Annual report on the working of the lock hospitals in the North-Western Provinces and Oudh
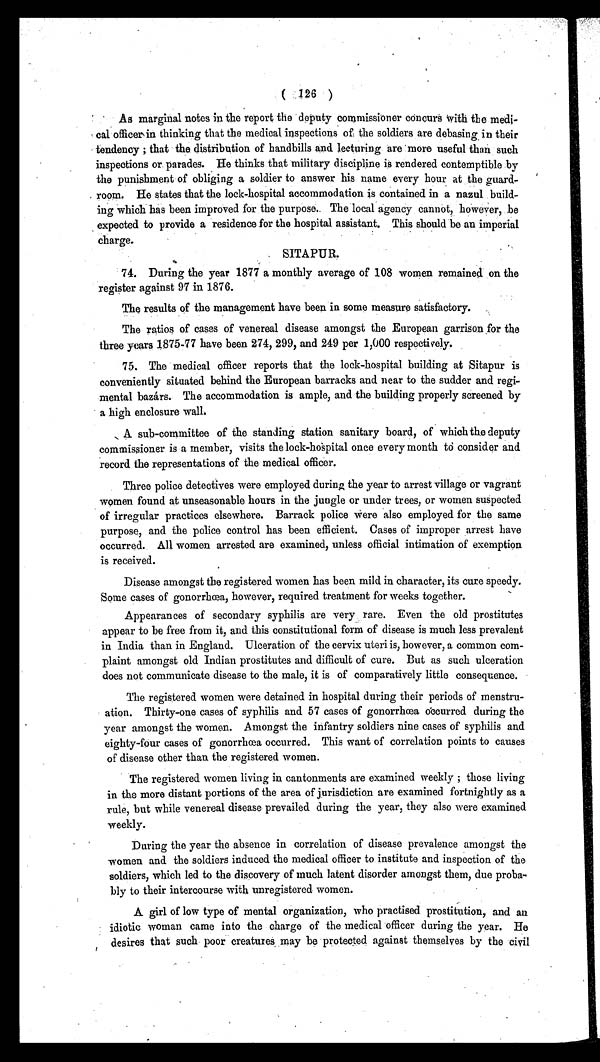
( 126 )
As marginal notes in the report the deputy commissioner concurs with the medi-
-cal officer in thinking that the medical inspections of the soldiers are debasing in their
tendency; that the distribution of handbills and lecturing are more useful than such
inspections or parades. He thinks that military discipline is rendered contemptible by
the punishment of obliging a soldier to answer his name every hour at the guard-
room. He states that the lock-hospital accommodation is contained in a nazul build-
ing which has been improved for the purpose. The local agency cannot, however, be
expected to provide a residence for the hospital assistant. This should be an imperial
charge.
SITAPUR.
74. During the year 1877 a monthly average of 108 women remained on the
register against 97 in 1876.
The results of the management have been in some measure satisfactory.
The ratios of cases of venereal disease amongst the European garrison for the
three years 1875-77 have been 274, 299, and 249 per 1,000 respectively.
75. The medical officer reports that the lock-hospital building at Sitapur is
conveniently situated behind the European barracks and near to the sudder and regi-
mental bazárs. The accommodation is ample, and the building properly screened by
a high enclosure wall.
A sub-committee of the standing station sanitary board, of which the deputy
commissioner is a member, visits the lock-hospital once every month to consider and
record the representations of the medical officer.
Three police detectives were employed during the year to arrest village or vagrant
women found at unseasonable hours in the jungle or under trees, or women suspected
of irregular practices elsewhere. Barrack police Were also employed for the same
purpose, and the police control has been efficient. Cases of improper arrest have
occurred. All women arrested are examined, unless official intimation of exemption
is received.
Disease amongst the registered women has been mild in character, its cure speedy.
Some cases of gonorrhœa, however, required treatment for weeks together.
Appearances of secondary syphilis are very rare. Even the old prostitutes
appear to be free from it, and this constitutional form of disease is much less prevalent
in India than in England. Ulceration of the cervix uteri is, however, a common com-
plaint amongst old Indian prostitutes and difficult of cure. But as such ulceration
does not communicate disease to the male, it is of comparatively little consequence.
The registered women were detained in hospital during their periods of menstru-
ation. Thirty-one cases of syphilis and 57 cases of gonorrhœa occurred during the
year amongst the women. Amongst the infantry soldiers nine cases of syphilis and
eighty-four cases of gonorrhœa occurred. This want of correlation points to causes
of disease other than the registered women.
The registered women living in cantonments are examined weekly; those living
in the more distant portions of the area of jurisdiction are examined fortnightly as a
rule, but while venereal disease prevailed during the year, they also were examined
weekly.
During the year the absence in correlation of disease prevalence amongst the
women and the soldiers induced the medical officer to institute and inspection of the
soldiers, which led to the discovery of much latent disorder amongst them, due proba-
bly to their intercourse with unregistered women.
A girl of low type of mental organization, who practised prostitution, and an
idiotic woman came into the charge of the medical officer during the year. He
desires that such poor creatures may be protected against themselves by the civil